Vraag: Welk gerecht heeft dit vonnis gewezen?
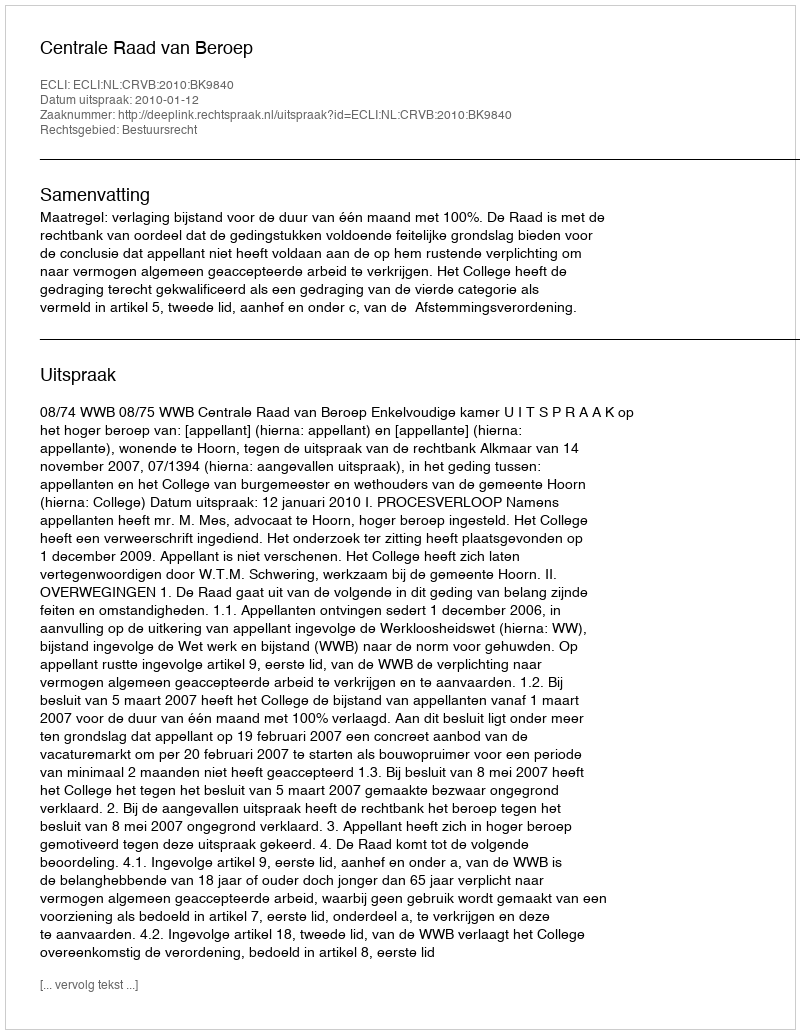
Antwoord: Centrale Raad van Beroep